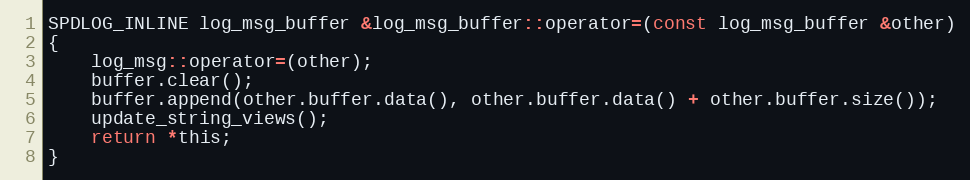
Language: C
SPDLOG_INLINE log_msg_buffer &log_msg_buffer::operator=(const log_msg_buffer &other)
{
    log_msg::operator=(other);
    buffer.clear();
    buffer.append(other.buffer.data(), other.buffer.data() + other.buffer.size());
    update_string_views();
    return *this;
}